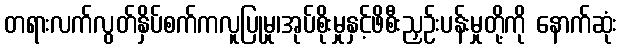
တရားလက်လွတ်နှိပ်စက်ကလူပြုမှု၊အုပ်စိုးမှုနှင့်ဖိစီးညှဉ်းပန်းမှုတို့ကို နောက်ဆုံး